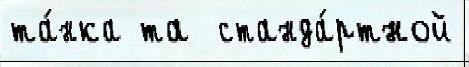
та́нка та  станда́ртной